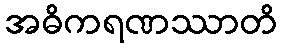
အဓိကရဏဿာတိ